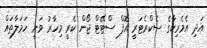
އަދި އެމެރިކާގެ ސެކްރެޓަރީ އޮފް ސްޓޭޓް ޖޯން ކެރީ މިހާރު ވަނީ ހަމަލާތައް